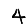
Digit: 4